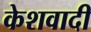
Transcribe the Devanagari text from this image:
केशवादी